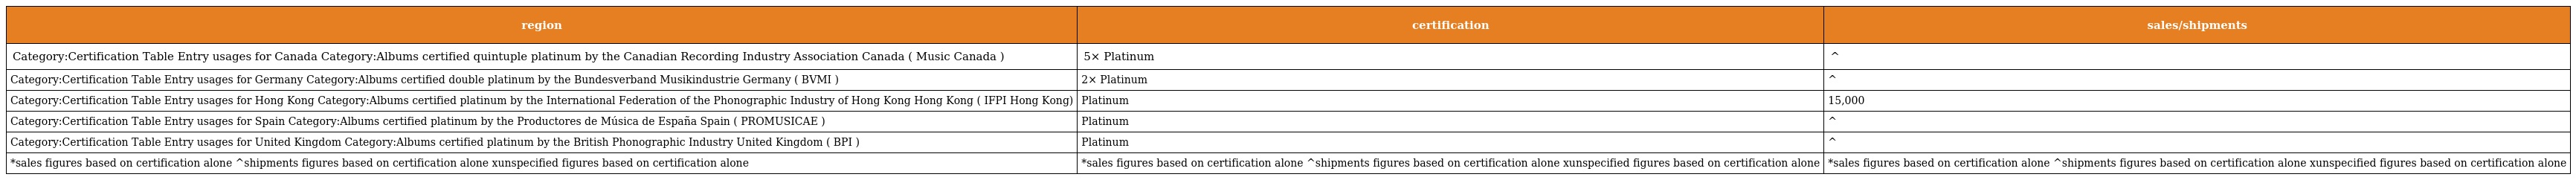
| region | certification | sales/shipments |
 | --- | --- | --- |
 | Category:Certification Table Entry usages for Canada Category:Albums certified quintuple platinum by the Canadian Recording Industry Association Canada ( Music Canada ) | 5× Platinum | ^ |
 | Category:Certification Table Entry usages for Germany Category:Albums certified double platinum by the Bundesverband Musikindustrie Germany ( BVMI ) | 2× Platinum | ^ |
 | Category:Certification Table Entry usages for Hong Kong Category:Albums certified platinum by the International Federation of the Phonographic Industry of Hong Kong Hong Kong ( IFPI Hong Kong) | Platinum | 15,000 |
 | Category:Certification Table Entry usages for Spain Category:Albums certified platinum by the Productores de Música de España Spain ( PROMUSICAE ) | Platinum | ^ |
 | Category:Certification Table Entry usages for United Kingdom Category:Albums certified platinum by the British Phonographic Industry United Kingdom ( BPI ) | Platinum | ^ |
 | *sales figures based on certification alone ^shipments figures based on certification alone xunspecified figures based on certification alone | *sales figures based on certification alone ^shipments figures based on certification alone xunspecified figures based on certification alone | *sales figures based on certification alone ^shipments figures based on certification alone xunspecified figures based on certification alone |